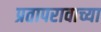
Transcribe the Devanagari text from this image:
प्रतापरावाच्या